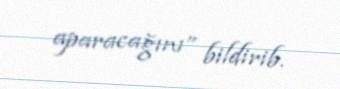
aparacağını” bildirib.